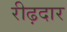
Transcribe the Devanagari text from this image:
रीढ़दार